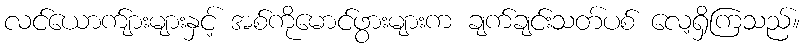
လင်ယောက်ျားများနှင့် အစ်ကိုမောင်ဖွားများက ချက်ချင်းသတ်ပစ် လေ့ရှိကြသည်။